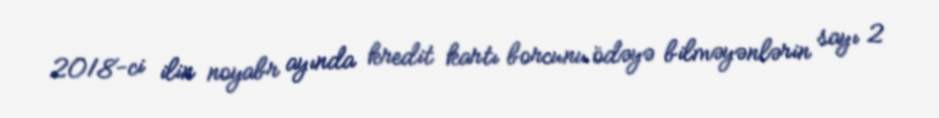
2018-ci ilin noyabr ayında kredit kartı borcunu ödəyə bilməyənlərin sayı 2